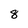
Character: 8